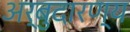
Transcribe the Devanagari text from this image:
अर्बुदारण्य